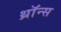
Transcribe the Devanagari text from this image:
थ्राॅन्स